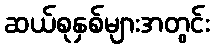
ဆယ်စုနှစ်များအတွင်း